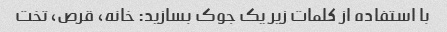
با استفاده از کلمات زیر یک جوک بسازید: خانه، قرص، تخت